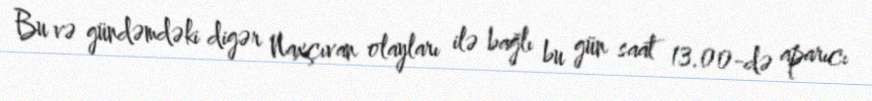
Bu və gündəmdəki digər Naxçıvan olayları ilə bağlı bu gün saat 13.00-də aparıcı